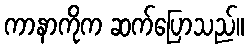
ကာနာကိုက ဆက်ပြောသည်။